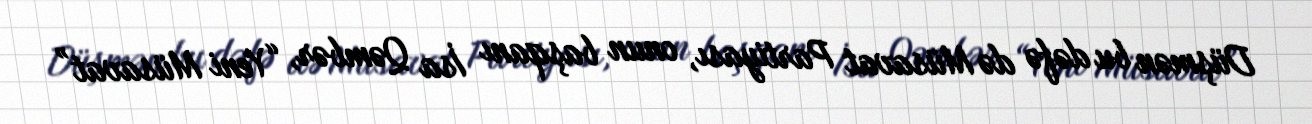
Düşmən bu dəfə də Müsavat Partiyası, onun başqanı İsa Qəmbər, “Yeni Müsavat”